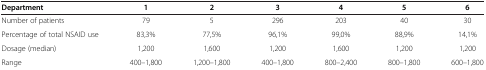
| Department | 1 | 2 | 3 | 4 | 5 | 6 |
 | --- | --- | --- | --- | --- | --- | --- |
 | Number of patients | 79 | 5 | 296 | 203 | 40 | 30 |
 | Percentage of total NSAID use | 83,3% | 77,5% | 96,1% | 99,0% | 88,9% | 14,1% |
 | Dosage (median) | 1,200 | 1,600 | 1,200 | 1,600 | 1,200 | 1,200 |
 | Range | 400–1,800 | 1,200–1,800 | 400–1,800 | 800–2,400 | 800–1,800 | 600–1,800 |